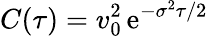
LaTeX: C(\tau)=v_{0}^{2}\, \mathrm{e}^{-\sigma^{2}\tau/2}